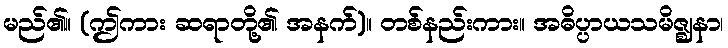
မည်၏။ (ဤကား ဆရာတို့၏ အနက်)။ တစ်နည်းကား။ အဓိပ္ပာယသမိဇ္ဈနာ၊